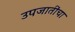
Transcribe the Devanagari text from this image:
उपजातींचा